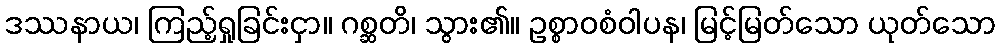
ဒဿနာယ၊ ကြည့်ရှုခြင်းငှာ။ ဂစ္ဆတိ၊ သွား၏။ ဥစ္စာဝစံဝါပန၊ မြင့်မြတ်သော ယုတ်သော